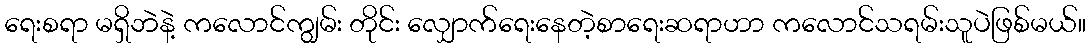
ရေးစရာ မရှိဘဲနဲ့ ကလောင်ကျွမ်း တိုင်း လျှောက်ရေးနေတဲ့စာရေးဆရာဟာ ကလောင်သရမ်းသူပဲဖြစ်မယ်။